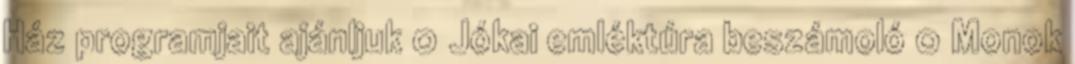
Ház programjait ajánljuk 0 Jókai emléktúra beszámoló 0 Monok